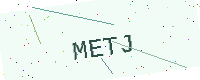
Text: METJ